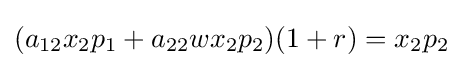
(a_{12}x_{2}p_{1}+a_{22}wx_{2}p_{2})(1+r)=x_{2}p_{2}